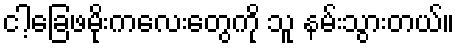
ငါ့ခြေဖမိုးကလေးတွေကို သူ နမ်းသွားတယ်။